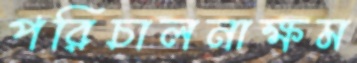
পরিচালনাক্ষম